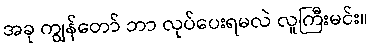
အခု ကျွန်တော် ဘာ လုပ်ပေးရမလဲ လူကြီးမင်း။